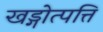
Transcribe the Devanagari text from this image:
खड्गोत्पत्ति